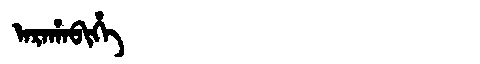
Manchu: ᠠᡵᠠᡥᠠᠪᡳᡥᡝ
Romanization: ARAHABIHE